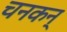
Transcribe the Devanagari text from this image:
चनकन्